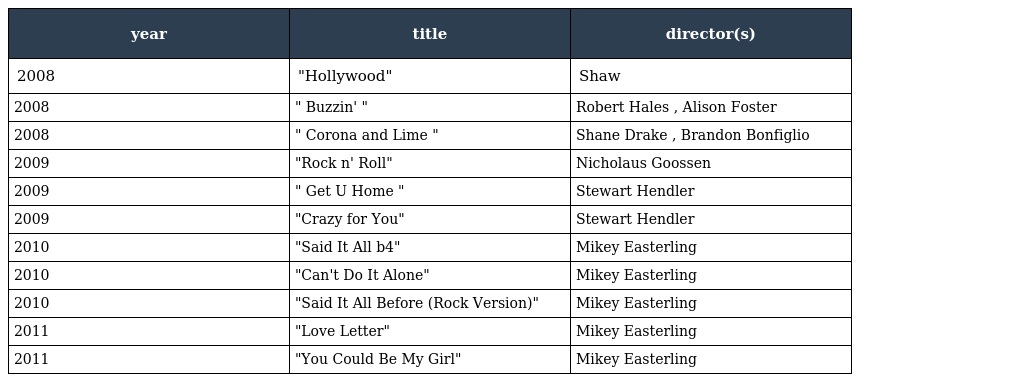
| year | title | director(s) |
 | --- | --- | --- |
 | 2008 | "Hollywood" | Shaw |
 | 2008 | " Buzzin' " | Robert Hales , Alison Foster |
 | 2008 | " Corona and Lime " | Shane Drake , Brandon Bonfiglio |
 | 2009 | "Rock n' Roll" | Nicholaus Goossen |
 | 2009 | " Get U Home " | Stewart Hendler |
 | 2009 | "Crazy for You" | Stewart Hendler |
 | 2010 | "Said It All b4" | Mikey Easterling |
 | 2010 | "Can't Do It Alone" | Mikey Easterling |
 | 2010 | "Said It All Before (Rock Version)" | Mikey Easterling |
 | 2011 | "Love Letter" | Mikey Easterling |
 | 2011 | "You Could Be My Girl" | Mikey Easterling |